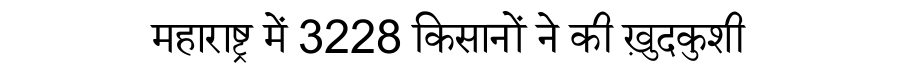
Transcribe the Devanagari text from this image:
महाराष्ट्र में 3228 किसानों ने की ख़ुदकुशी